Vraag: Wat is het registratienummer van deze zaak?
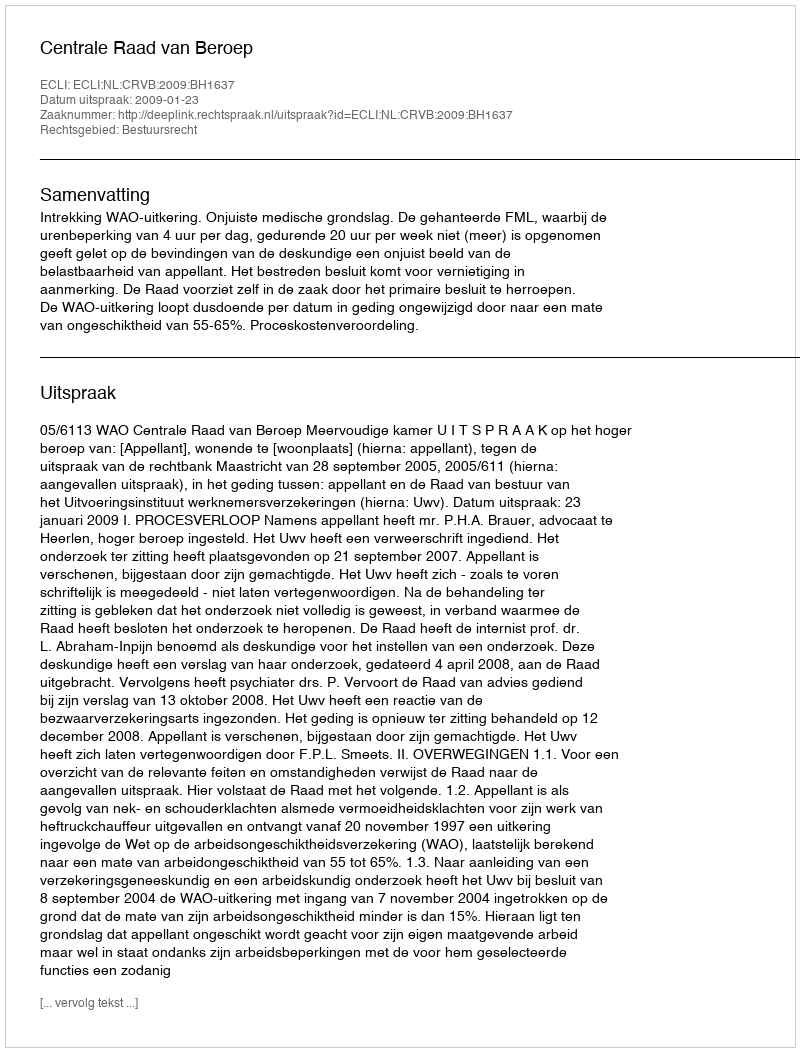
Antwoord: http://deeplink.rechtspraak.nl/uitspraak?id=ECLI:NL:CRVB:2009:BH1637